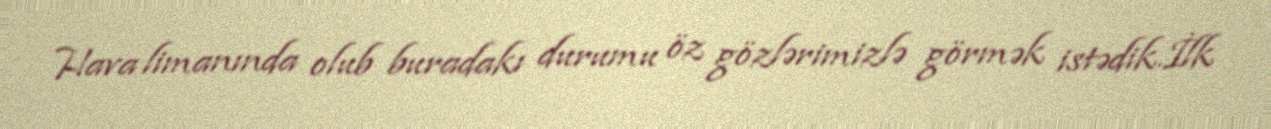
Hava limanında olub buradakı durumu öz gözlərimizlə görmək istədik.İlk